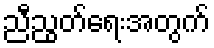
ညီညွတ်ရေးအတွက်